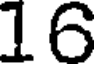
16